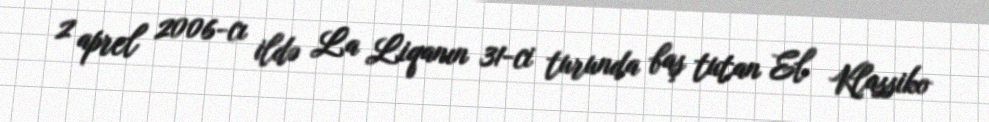
2 aprel 2006-cı ildə La Liqanın 31-ci turunda baş tutan El Klassiko